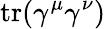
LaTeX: \operatorname{tr}(\gamma^{\mu}\gamma^{\nu})